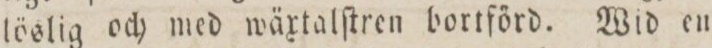
löslig och med wäxtalſtren bortförd. Wid en